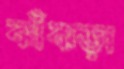
ঝাঁঝড়া